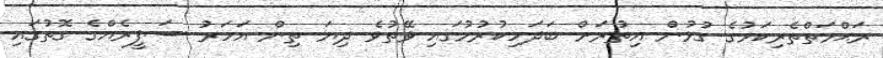
ރަޙްމަތްތެރިކަމުގެ ގުޅުން އިތުރަށް ބަދަހިކުރުމުގައި ވޭތުވެ ދިޔަ ތިން އަހަރު ސަފީރެއްގެ ގޮތުގައި